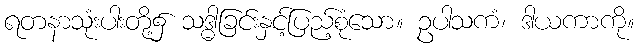
ရတနာသုံးပါးတို့၌ သဒ္ဓါခြင်းနှင့်ပြည့်စုံသော။ ဥပါသကံ၊ ဒါယကာကို။